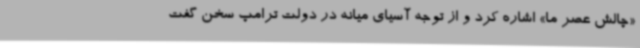
«چالش عصر ما» اشاره کرد و از توجه آسیای میانه در دولت ترامپ سخن گفت